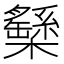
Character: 𣟾